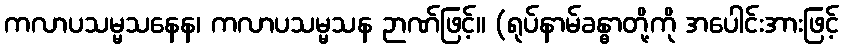
ကလာပသမ္မသနေန၊ ကလာပသမ္မသန ဉာဏ်ဖြင့်။ (ရုပ်နာမ်ခန္ဓာတို့ကို အပေါင်းအားဖြင့်